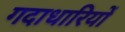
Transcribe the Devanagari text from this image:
गदाधारियों